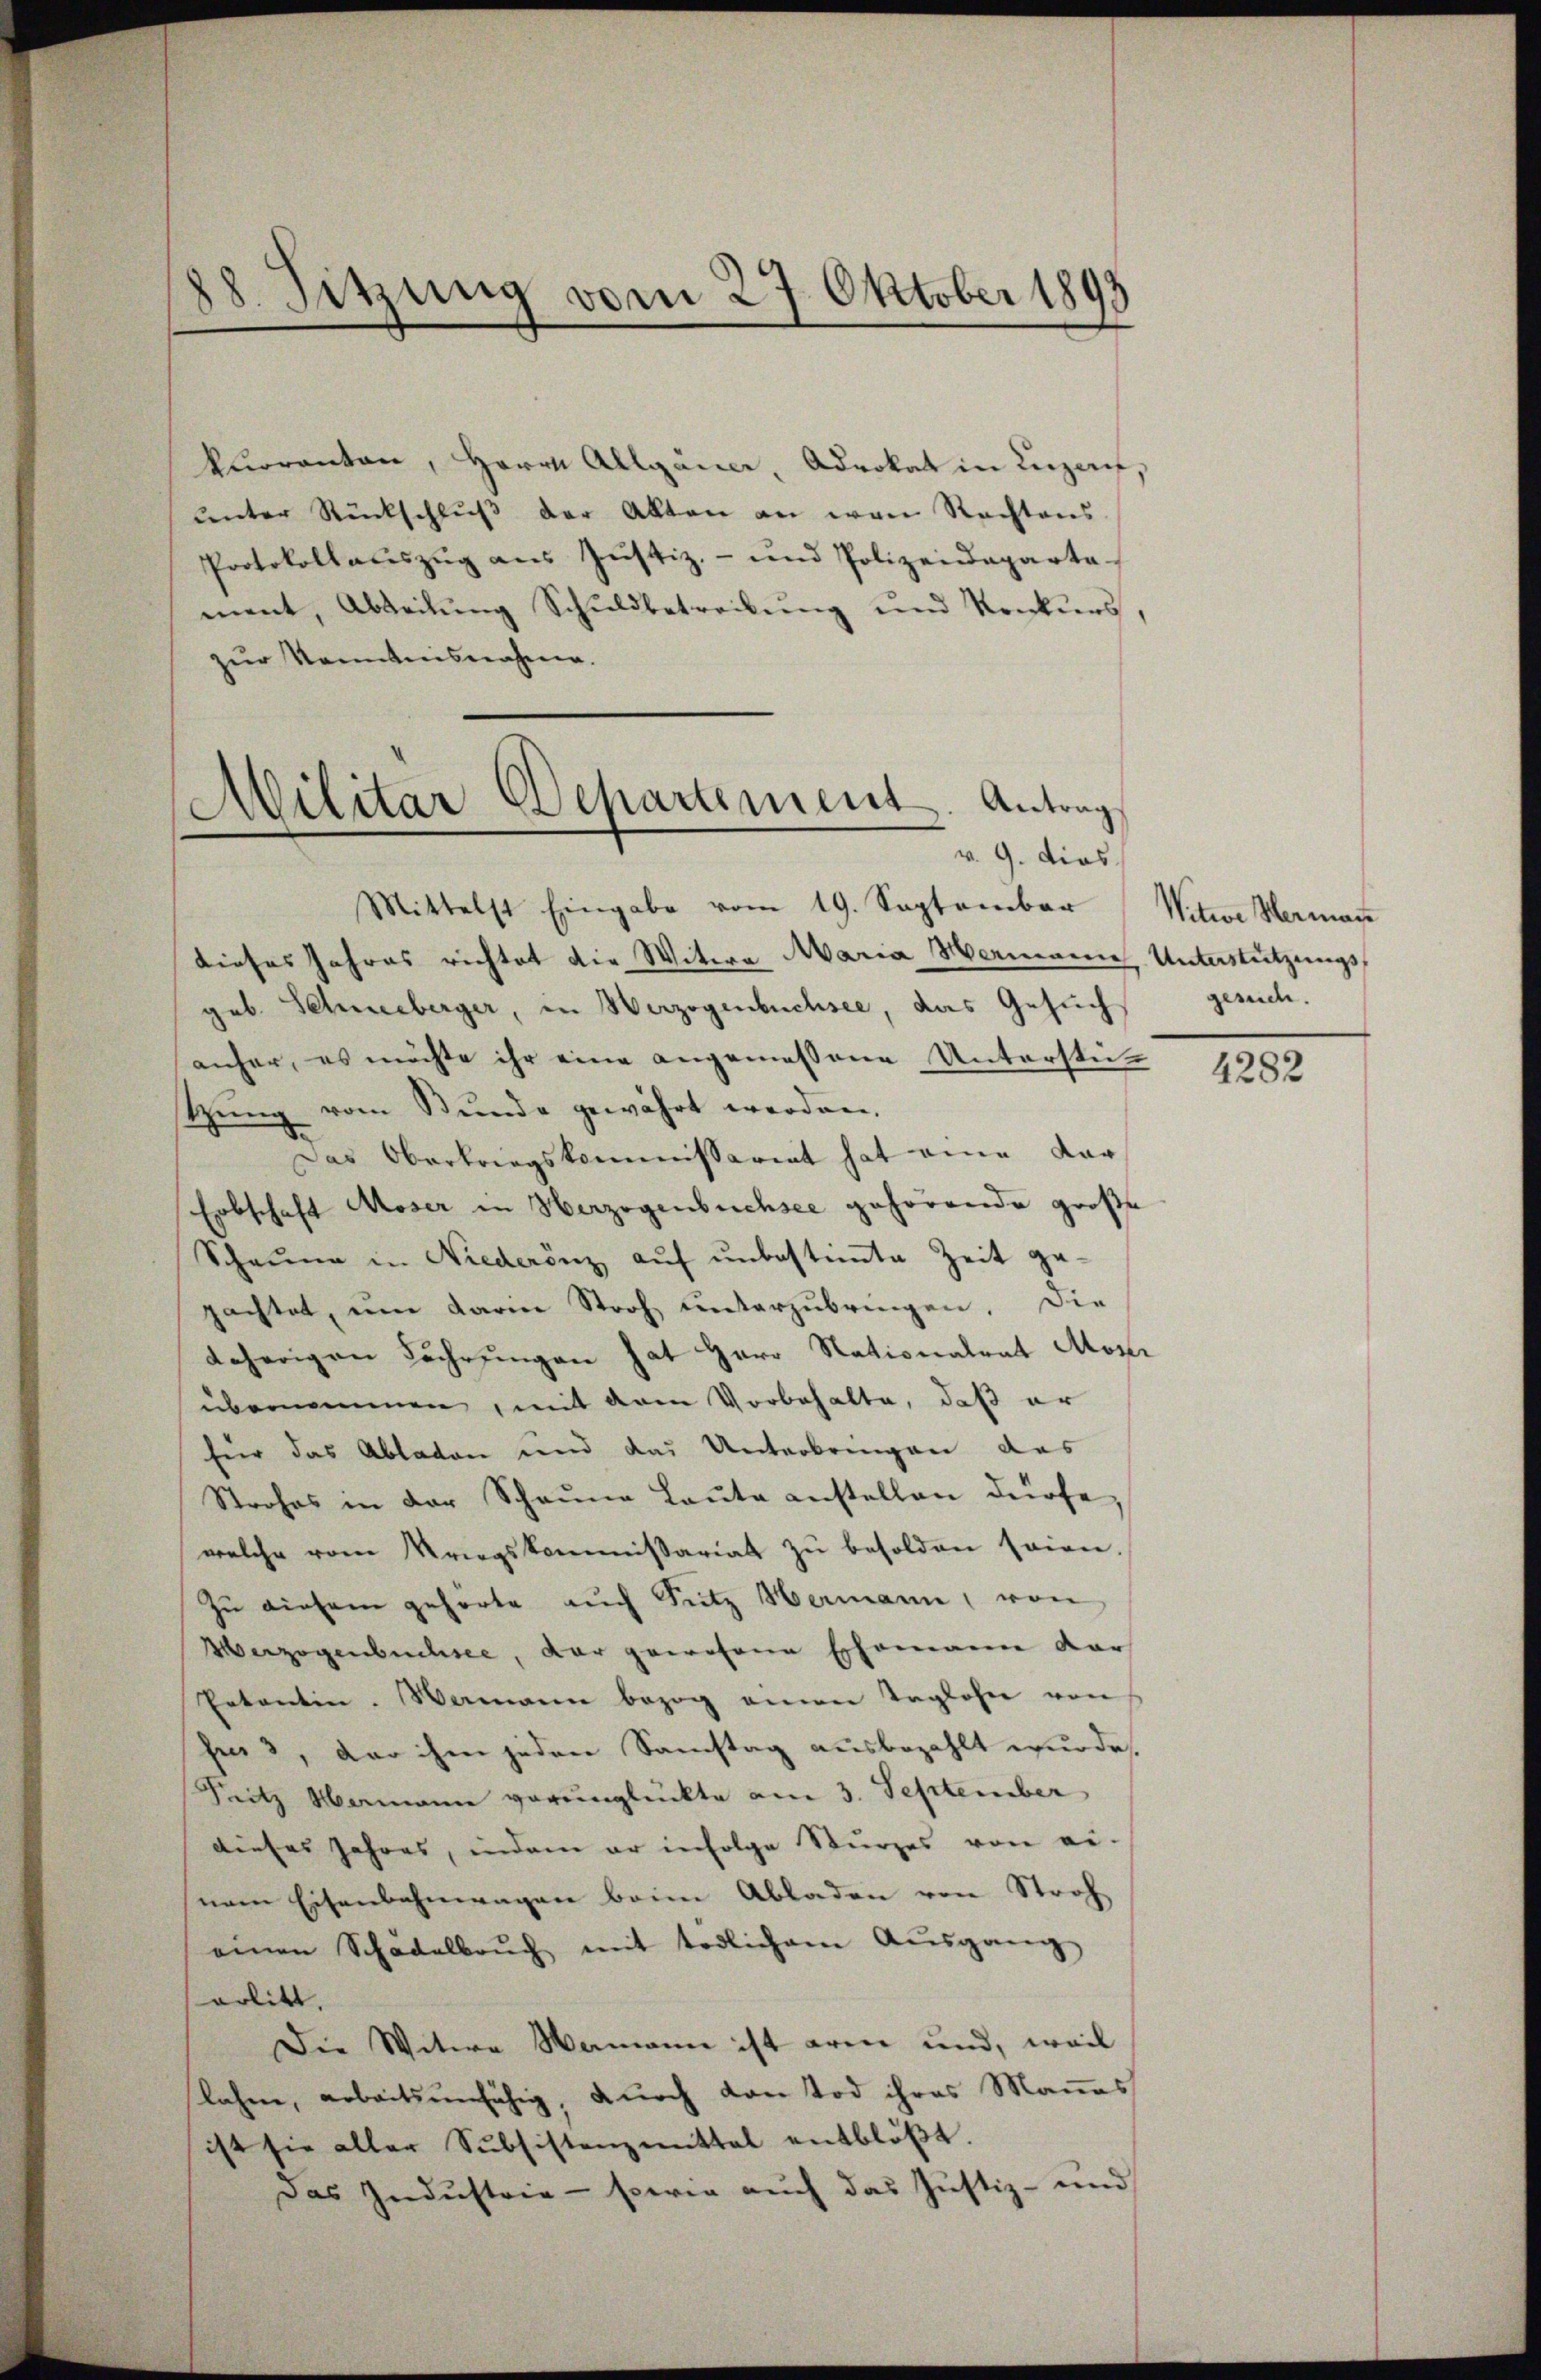
88. Sitzung vom 27. Oktober 1893

kuoranten, Herrn Allgana, Advokat in Luzau,
ŭnter Rückschlŭβ der Akten an von Rechtens
Protokollaŭszŭg aŭs Jŭstiz- und Polizeideparta-
ment, Abteilung Schuldbetreibung und Konkurs,
zur Kenntnisnahme.
Mittelst Eingabe vom 19. September
dieses Jahres richtet die Witwe Maria Wermeine Unterstützungsgeb. Schneeberger, in Werzogenbuchsee, das Gesuch
anher, es möchte ihr eine angemessene Unterstützung vom Stunde gewährt werden.
Das Obertragskommissariat hat eine dar¬
Erbschaft Moser in Herzogenbüchsee gehörende große
Scheune in Niederönz auf unbestimmte Zeit gepachtet, um darin Stroh unterzubringen. Die
daherigen Lächrzingen hat Herr Stationalrat Moser
übernommen, mit dem Vorbehalte, daß er
für das Abladen und das Unterbringen das
Strohes in der Scheŭne Laŭte anstellen dürfe
welche vom Kriegskommissariat zŭ besolden seien.
Zu diesem gehörte auch Sutz Hermann, von
Verzogenbuchsee, der gewesene Ehemann dar
Petenten. Wemann bezog einen Taglohne von
fe 3, der ihm jeden Samstag ausbezahlt wurde.
Sitz Mamann voreinglückte am 3. September
dieses Jahres, indem er infolge Sturzes von ei-
nem Eisenbahnwagen beim Abladen von Stroh
einen Schädelbrŭch mit tödlichem Aŭsgang
serlitt.
Die Witere Wamann ist arm und, weil
lahne, arbeitsunfähig, durch von Tod ihres Mannes
ist sie aller Subsistenzmittel entblöβt.
Das Industrie - sowie auch das Justiz- und

Militar Departement. Antrag
v. 9. dies

Witwe Hermann
gesuch.

4282